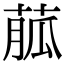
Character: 𦳍